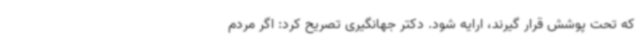
که تحت پوشش قرار گیرند، ارایه شود. دکتر جهانگیری تصریح کرد: اگر مردم